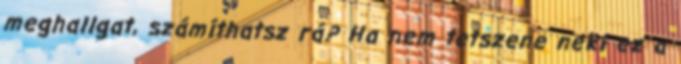
meghallgat, számíthatsz rá? Ha nem tetszene neki ez a